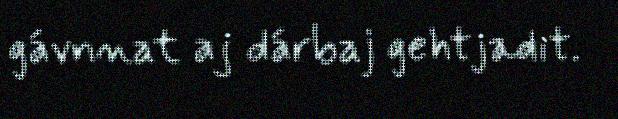
gávnnat aj dárbaj gehtjadit.